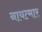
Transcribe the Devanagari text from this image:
नायत्मार